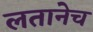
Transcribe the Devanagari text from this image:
लतानेच